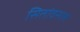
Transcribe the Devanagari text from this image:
सितांवसल